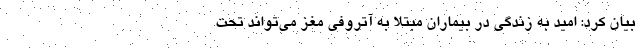
بیان کرد: امید به زندگی در بیماران مبتلا به آتروفی مغز می‌تواند تحت